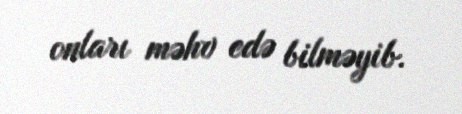
onları məhv edə bilməyib.